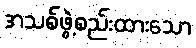
အသစ်ဖွဲ့စည်းထားသော